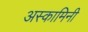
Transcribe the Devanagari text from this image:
अस्कामिनी